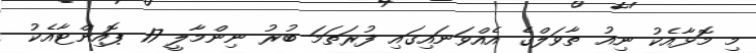
މި މޮޅާއެކު ނިއު ތާވަލްގެ އެއްވަނައިގައި ފުރަތަމަ ބުރު ނިންމާލީ 17 ޕޮއިންޓާއެކު